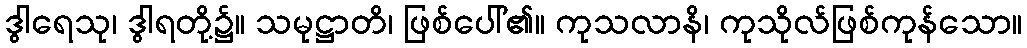
ဒွါရေသု၊ ဒွါရတို့၌။ သမုဋ္ဌာတိ၊ ဖြစ်ပေါ်၏။ ကုသလာနိ၊ ကုသိုလ်ဖြစ်ကုန်သော။